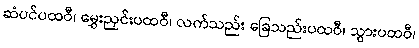
ဆံပင်ပထဝီ၊ မွှေးညှင်းပထဝီ၊ လက်သည်း ခြေသည်းပထဝီ၊ သွားပထဝီ၊